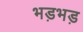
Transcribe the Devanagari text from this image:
भड़भड़